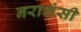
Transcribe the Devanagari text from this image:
नराशंसी